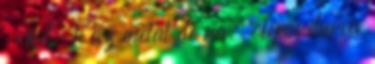
: oké, h az metal de na. olyan durva